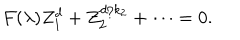
LaTeX: F ( \lambda ) Z _ { 1 } ^ { d } + Z _ { 2 } ^ { d / { k _ { 2 } } } + \cdots = 0 .